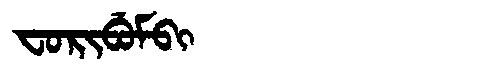
Manchu: ᠸᠣᡵᡳᠪᡠᠮᠪᡳ
Romanization: FORIBUMBI